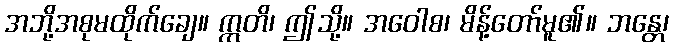
အဘို့အစုမထိုက်ချေ။ ဣတိ၊ ဤသို့။ အဝေါစ၊ မိန့်တော်မူ၏။ ဘန္တေ၊